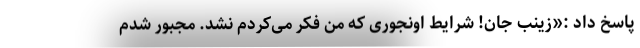
پاسخ داد :«زینب جان! شرایط اونجوری که من فکر می‌کردم نشد. مجبور شدم